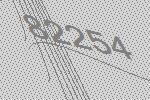
82254